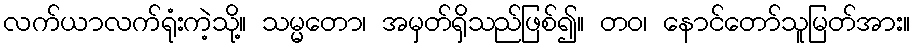
လက်ယာလက်ရုံးကဲ့သို့။ သမ္မတော၊ အမှတ်ရှိသည်ဖြစ်၍။ တဝ၊ နောင်တော်သူမြတ်အား။